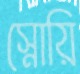
স্নোয়ি